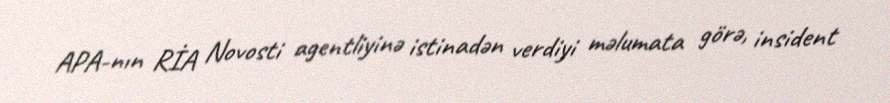
APA-nın RİA Novosti agentliyinə istinadən verdiyi məlumata görə, insident